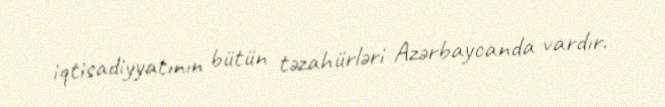
iqtisadiyyatının bütün təzahürləri Azərbaycanda vardır.